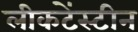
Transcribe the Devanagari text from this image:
लीकटेंस्टीन